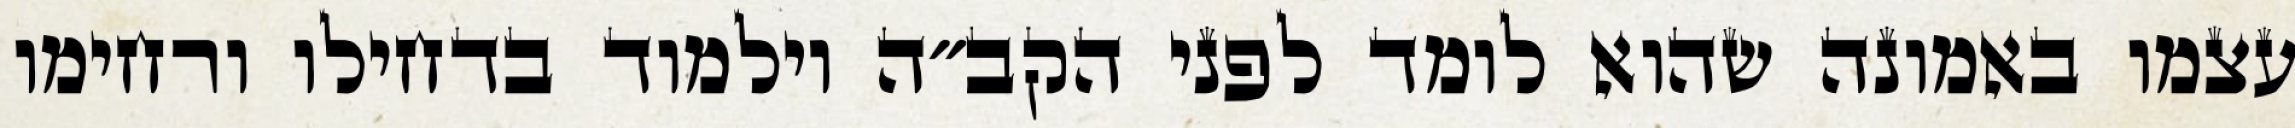
עצמו באמונה שהוא לומד לפני הקב״ה וילמוד בדחילו ורחימו